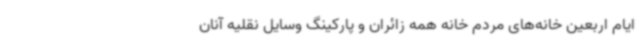
ایام اربعین خانه‌های مردم خانه همه زائران و پارکینگ وسایل نقلیه آنان